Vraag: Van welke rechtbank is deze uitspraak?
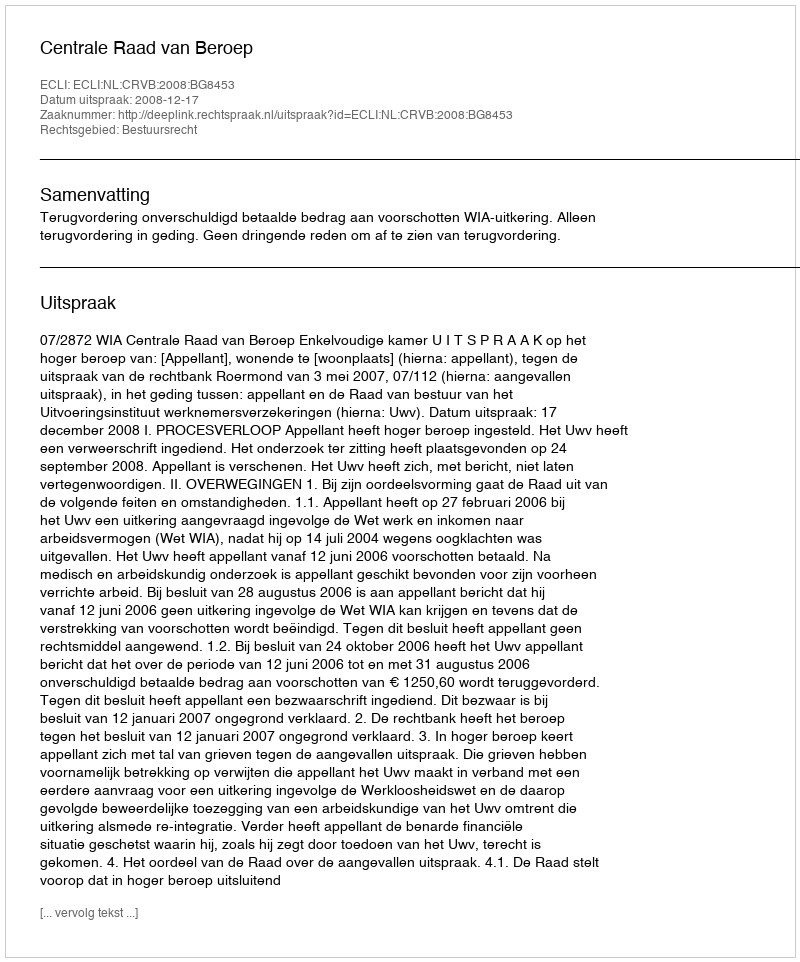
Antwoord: Centrale Raad van Beroep